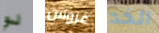
لو غروس الخد